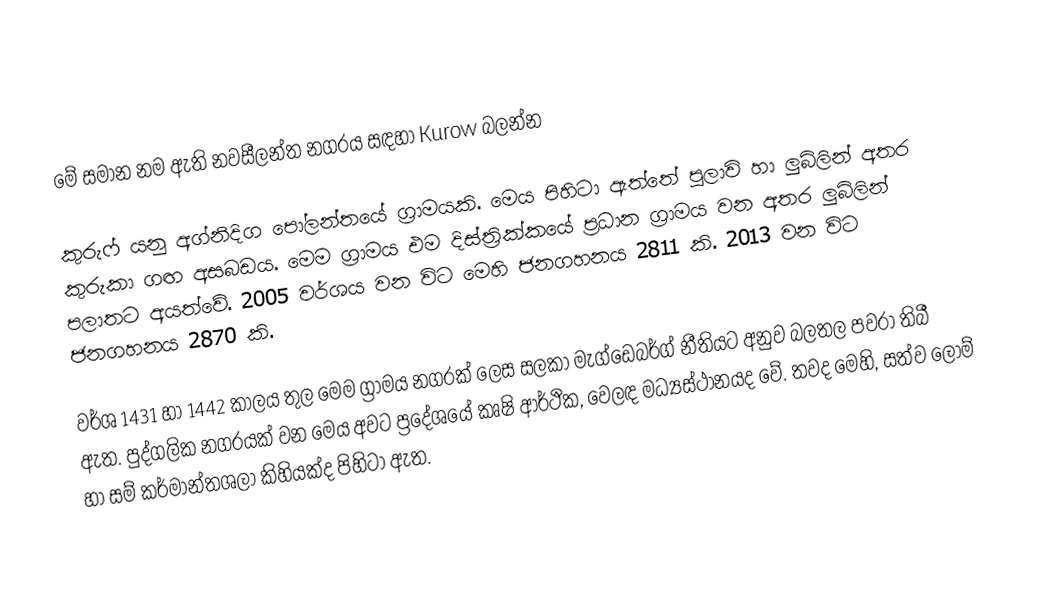
මේ සමාන නම ඇති නවසීලන්ත නගරය සඳහා Kurow බලන්න

කුරුෆ්  යනු අග්නිදිග පෝලන්තයේ ග්‍රාමයකි. මෙය පිහිටා ඇත්තේ පුලාවි හා ලුබ්ලින් අතර කුරුකා ගඟ අසබඩය. මෙම ග්‍රාමය එම දිස්ත්‍රික්කයේ ප්‍රධාන ග්‍රාමය වන අතර ලුබ්ලින් පලාතට අයත්වේ. 2005 වර්ශය වන විට මෙහි ජනගහනය 2811 කි. 2013 වන විට ජනගහනය 2870 කි.

වර්ශ 1431 හා 1442 කාලය තුල මෙම ග්‍රාමය නගරක් ලෙස සලකා මැග්ඩෙබර්ග් නීතියට අනුව බලතල පවරා තිබී ඇත. පුද්ගලික නගරයක් වන මෙය අවට ප්‍රදේශයේ කෘෂි ආර්ථික, වෙලඳ මධ්‍යස්ථානයද වේ. තවද මෙහි, සත්ව ලොම් හා සම් කර්මාන්තශලා කිහියක්ද පිහිටා ඇත.